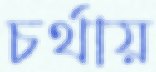
চর্থায়